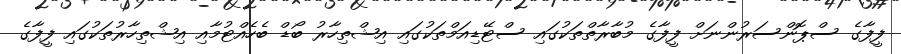
ފީފާގެ ސްޕޮންސަރުންނަށް ފީފާގެ މުބާރާތްތަކުގައި ސްޓޭޑިއަމްތަކުގައި އިޝްތިހާރު ބޯޑް ބެހެއްޓުމާއި އިޝްތިހާރުތަކުގައި ފީފާގެ